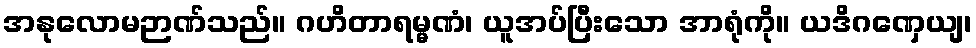
အနုလောမဉာဏ်သည်။ ဂဟိတာရမ္မဏံ၊ ယူအပ်ပြီးသော အာရုံကို။ ယဒိဂဏှေယျ၊